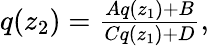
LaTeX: \begin{array}{r}{q(z_{2})=\frac{Aq(z_{1})+B}{Cq(z_{1})+D},}\end{array}